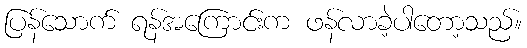
ပြန်သောက် ရန်အကြောင်းက ဖန်လာခဲ့ပါတော့သည်။